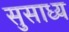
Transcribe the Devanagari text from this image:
सुसाध्‍य